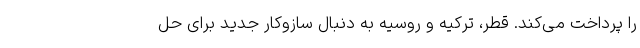
را پرداخت می‌کند. قطر، ترکیه و روسیه به دنبال سازوکار جدید برای حل